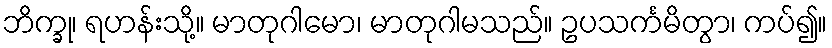
ဘိက္ခု၊ ရဟန်းသို့။ မာတုဂါမော၊ မာတုဂါမသည်။ ဥပသင်္ကမိတွာ၊ ကပ်၍။